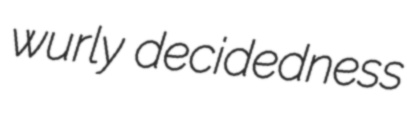
wurly decidedness